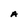
Character: A